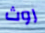
روث